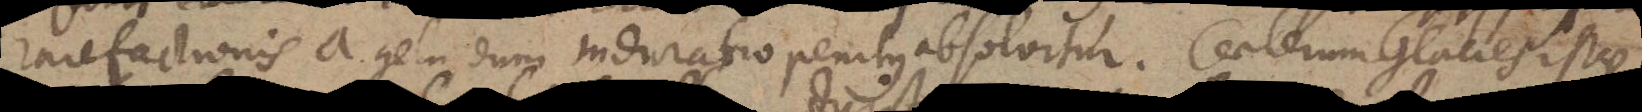
rarefactionis a gelu dum induratio penitus absolvitur. Caeterum Glacies istae